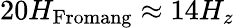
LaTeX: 20H_{\mathrm{Fromang}}\approx 14H_{z}